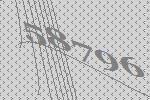
58796